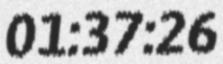
01:37:26